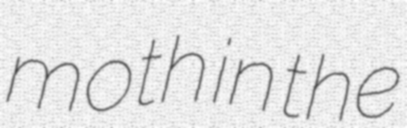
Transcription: moth in the